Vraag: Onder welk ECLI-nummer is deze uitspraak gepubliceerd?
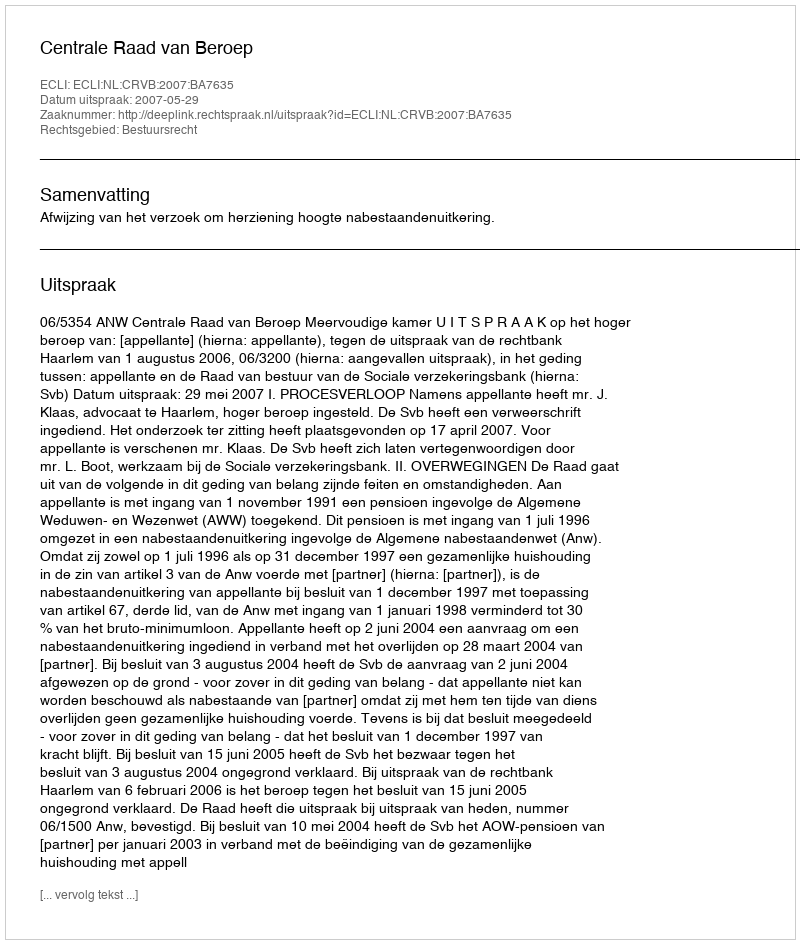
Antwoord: ECLI:NL:CRVB:2007:BA7635